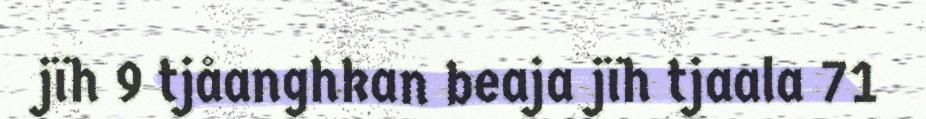
jïh 9 tjåanghkan beaja jïh tjaala 71